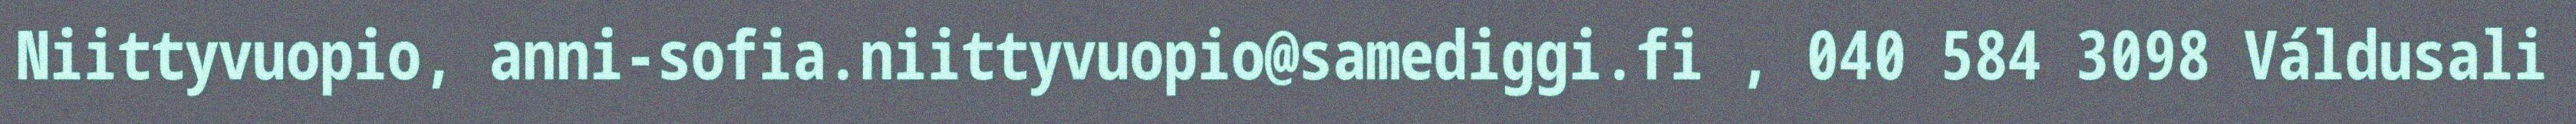
Niittyvuopio, anni-sofia.niittyvuopio@samediggi.fi , 040 584 3098 Váldusali